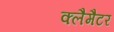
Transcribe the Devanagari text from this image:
क्लैमैटर